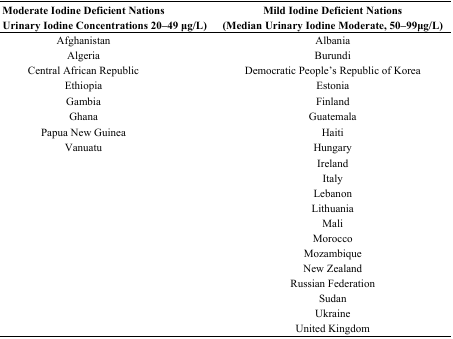
| Moderate Iodine Deficient Nations | Mild Iodine Deficient Nations |
 | (Median Urinary Iodine Concentrations 20–49 μg/L) | (Median Urinary Iodine Moderate, 50–99μg/L) |
 | --- | --- |
 | Afghanistan | Albania |
 | Algeria | Burundi |
 | Central African Republic | Democratic People’s Republic of Korea |
 | Ethiopia | Estonia |
 | Gambia | Finland |
 | Ghana | Guatemala |
 | Papua New Guinea | Haiti |
 | Vanuatu | Hungary |
 |  | Ireland |
 |  | Italy |
 |  | Lebanon |
 |  | Lithuania |
 |  | Mali |
 |  | Morocco |
 |  | Mozambique |
 |  | New Zealand |
 |  | Russian Federation |
 |  | Sudan |
 |  | Ukraine |
 |  | United Kingdom |